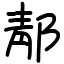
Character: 郬